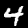
Digit: 4